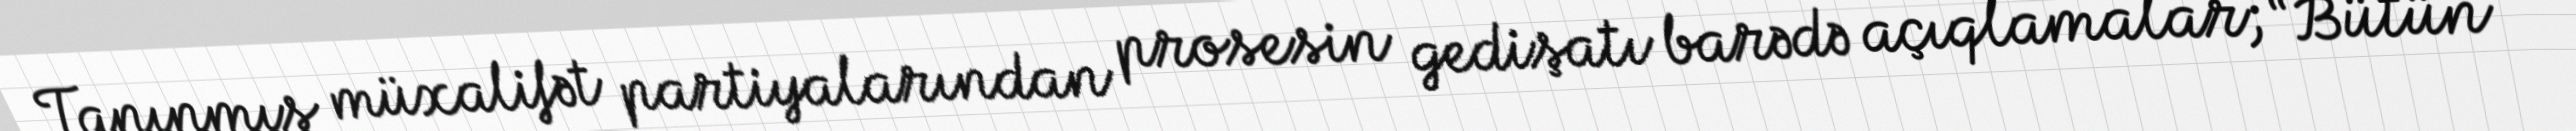
Tanınmış müxalifət partiyalarından prosesin gedişatı barədə açıqlamalar; “Bütün